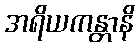
အရိယကန္တာနိ